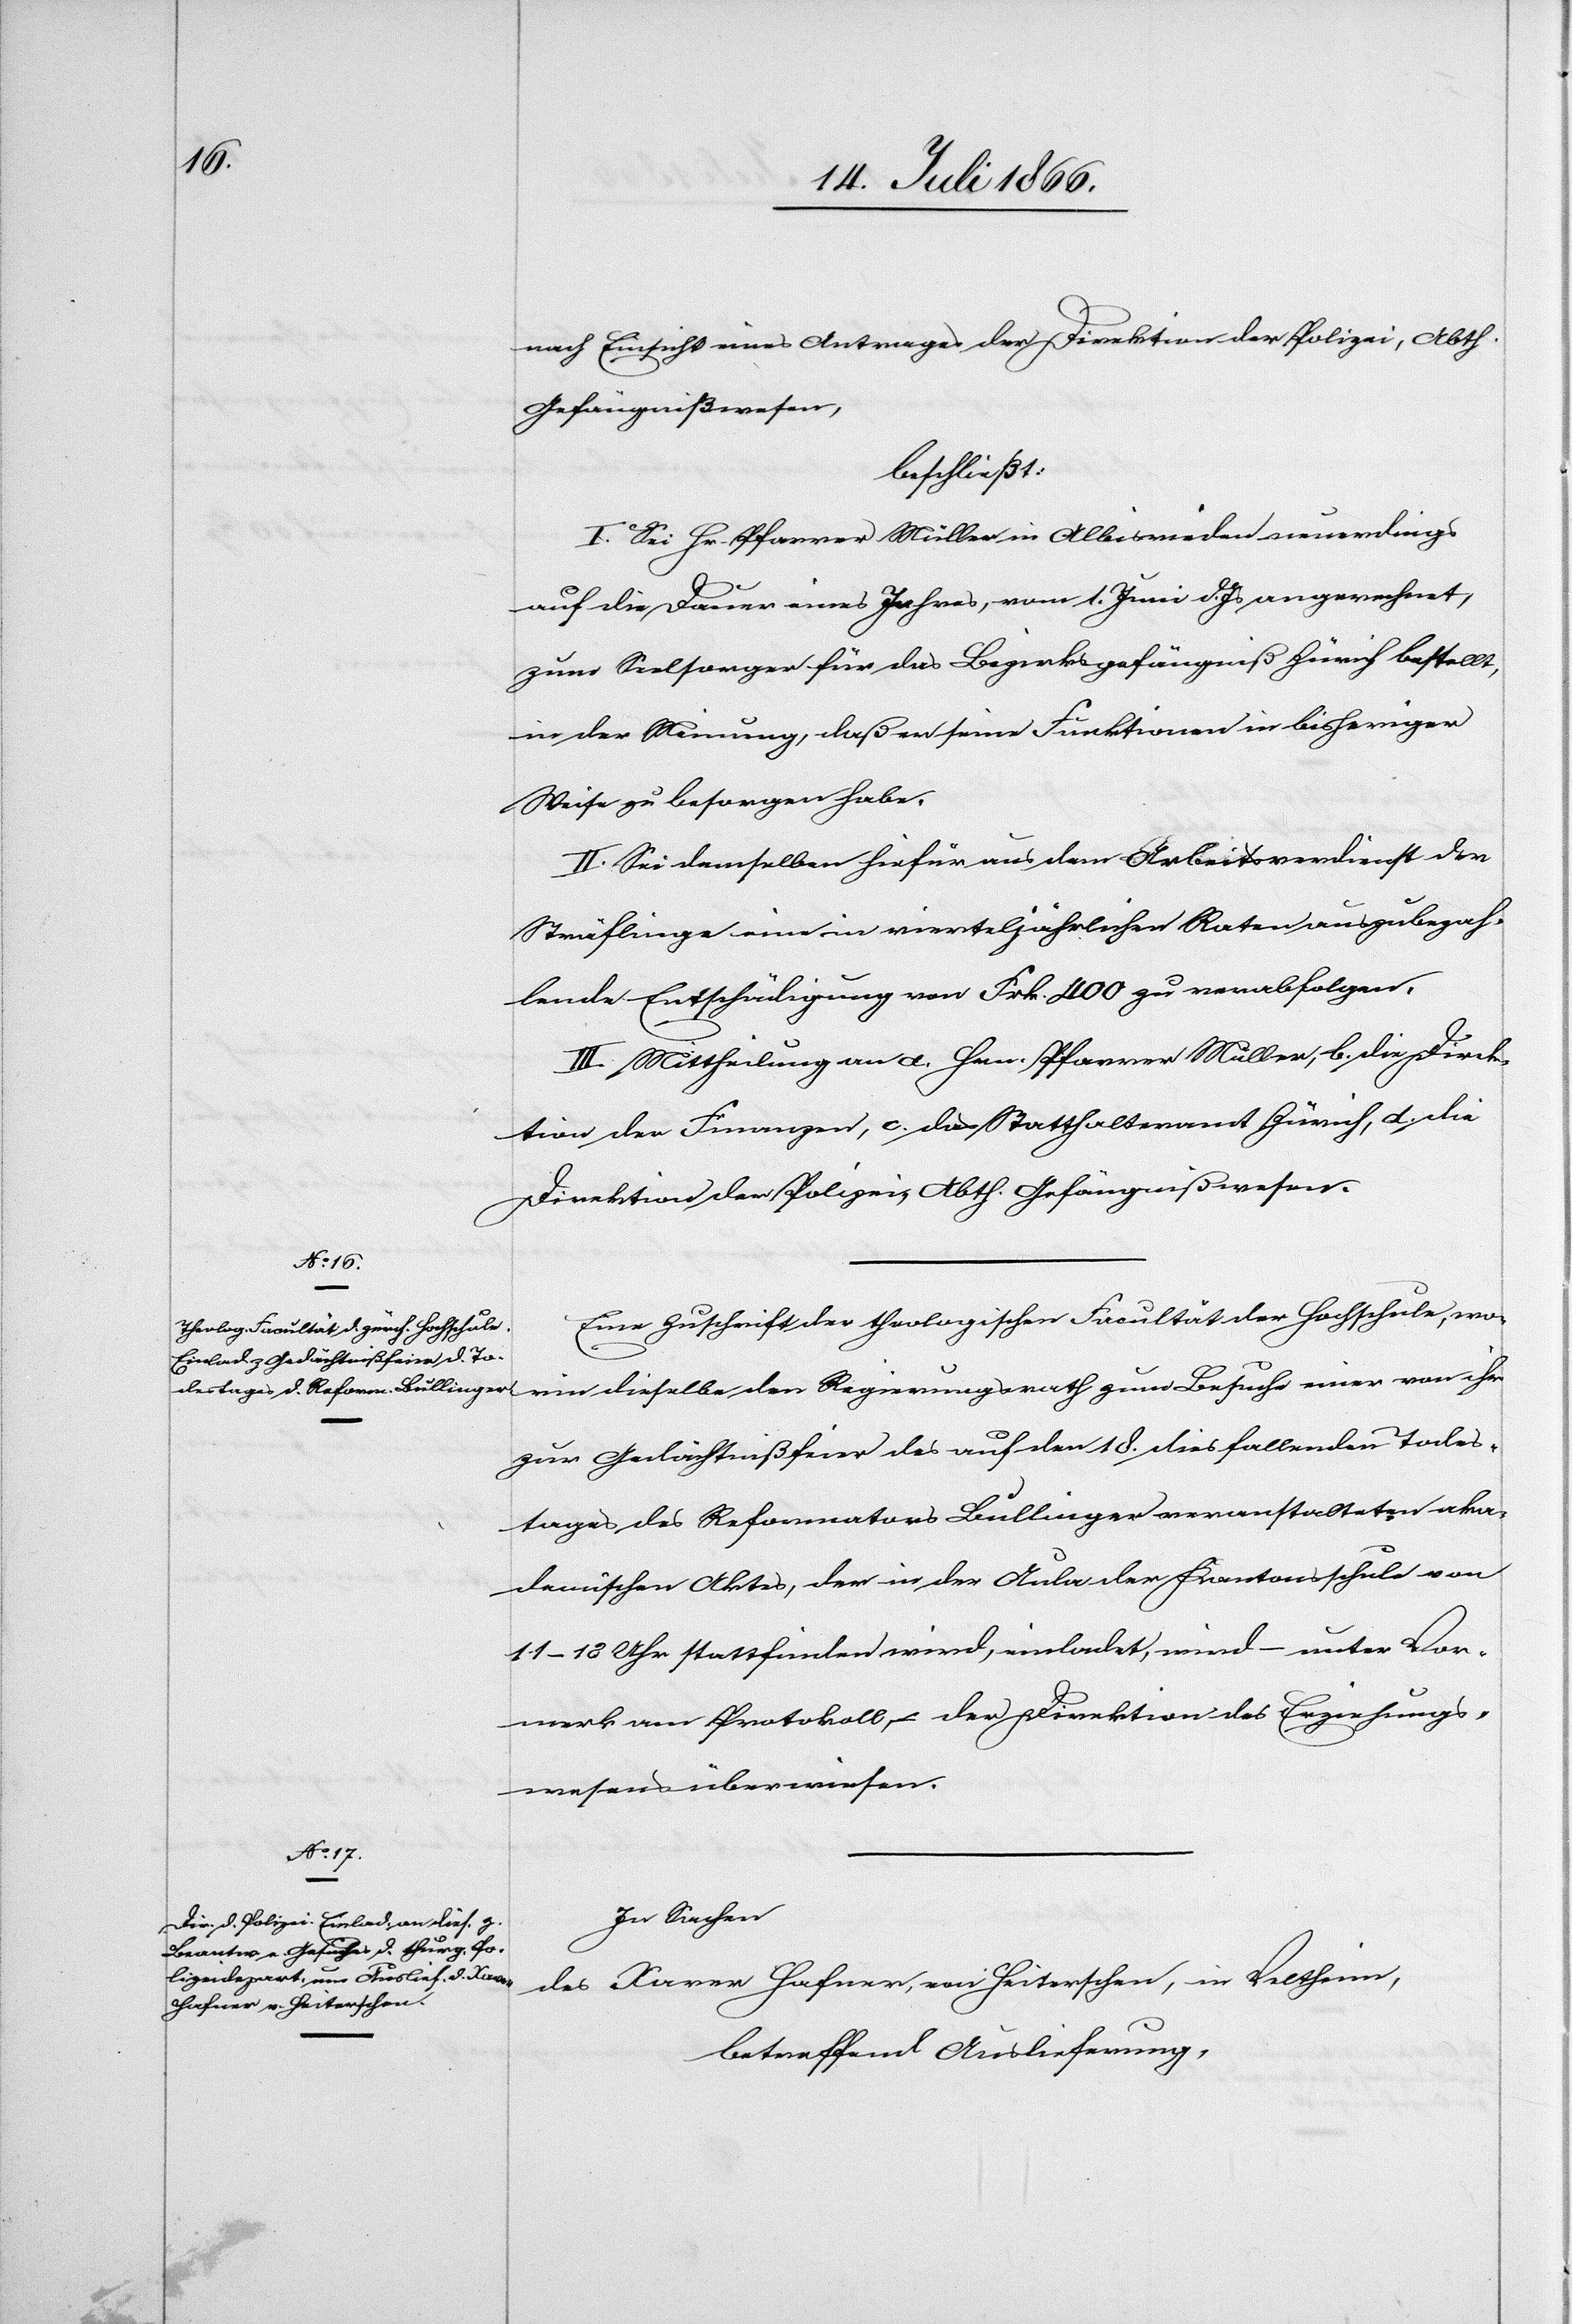
nach Einsicht eines Antrages der Direktion der Polizei, Abth.
Gefängnißwesen,
beschließt:
I. Sei Hr. Pfarrer Müller in Albisrieden neuerdings
auf die Dauer eines Jahres, vom 1. Juni dJs. an gerechnet,
zum Seelsorger für das Bezirksgefängniß Zürich bestellt,
in der Meinung, daß er seine Funktionen in bisheriger
Weise zu besorgen habe.
II. Sei demselben hiefür aus dem Arbeitsverdienst der
Sträflinge eine in vierteljährlichen Raten auszubezah¬
lende Entschädigung von Fr. 400 zu verabfolgen.
III. Mittheilung an a. Hrn Pfarrer Müller, b. die Direk¬
tion der Finanzen, c. das Statthalteramt Zürich, d. die
Direktion der Polizei, Abth. Gefängnißwesen.
Eine Zuschrift der theologischen Fakultät der Hochschule, wo¬
rin dieselbe den Regierungsrath zum Besuch einer von ihr
zur Gedächntißfeier des auf den 18. dies fallenden Todes¬
tages des Reformators Bullinger veranstalteten aka¬
demischen Aktes, der in der Aula der Kantonsschule von
11–13 Uhr stattfinden wird, einladet, wird – unter Vor¬
merkung am Protokoll, – der Direktion des Erziehungs¬
wesens überwiesen.
In Sachen
des Xaver Hafner, von Heiterschen, in Veltheim,
betreffend Auslieferung,